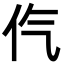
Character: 㐹